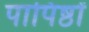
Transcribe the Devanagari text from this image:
पापिष्ठों